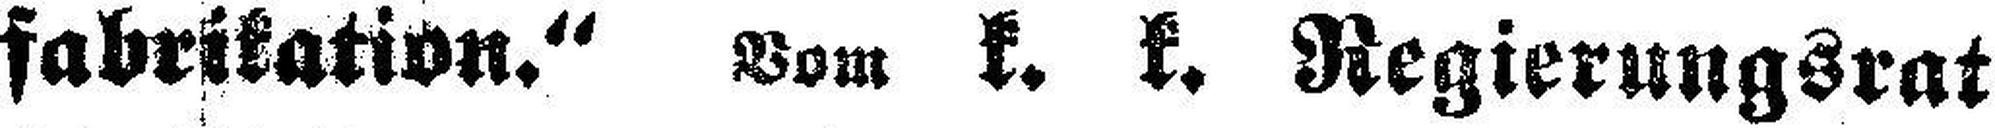
fabrikation.“ Vom k. k. Regierungsrat